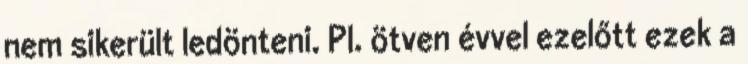
nem sikerült ledönteni. Pl. ötven évvel ezelőtt ezek a